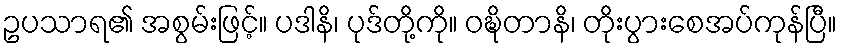
ဥပသာရ၏ အစွမ်းဖြင့်။ ပဒါနိ၊ ပုဒ်တို့ကို။ ဝဍ္ဎိတာနိ၊ တိုးပွားစေအပ်ကုန်ပြီ။